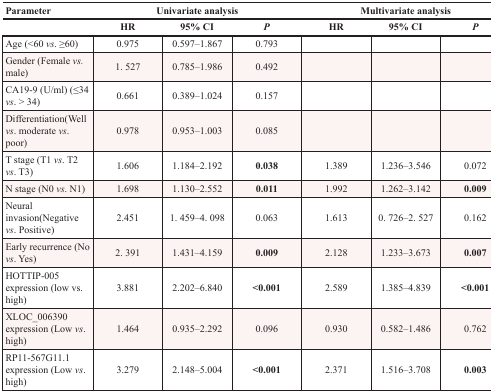
| Parameter | <COLSPAN=3> Univariate analysis | <COLSPAN=3> Multivariate analysis |
 |  | HR | 95% CI | P | HR | 95% CI | P |
 | --- | --- | --- | --- | --- | --- | --- |
 | Age (<60 vs. ≥60) | 0.975 | 0.597–1.867 | 0.793 |  |  |  |
 | Gender (Female vs. male) | 1. 527 | 0.785–1.986 | 0.492 |  |  |  |
 | CA19-9 (U/ml) (≤34 vs. > 34) | 0.661 | 0.389–1.024 | 0.157 |  |  |  |
 | Differentiation(Well vs. moderate vs. poor) | 0.978 | 0.953–1.003 | 0.085 |  |  |  |
 | T stage (T1 vs. T2 vs. T3) | 1.606 | 1.184–2.192 | 0.038 | 1.389 | 1.236–3.546 | 0.072 |
 | N stage (N0 vs. N1) | 1.698 | 1.130–2.552 | 0.011 | 1.992 | 1.262–3.142 | 0.009 |
 | Neural invasion(Negative vs. Positive) | 2.451 | 1. 459–4. 098 | 0.063 | 1.613 | 0. 726–2. 527 | 0.162 |
 | Early recurrence (No vs. Yes) | 2. 391 | 1.431–4.159 | 0.009 | 2.128 | 1.233–3.673 | 0.007 |
 | HOTTIP-005 expression (low vs. high) | 3.881 | 2.202–6.840 | <0.001 | 2.589 | 1.385–4.839 | <0.001 |
 | XLOC_006390 expression (Low vs. high) | 1.464 | 0.935–2.292 | 0.096 | 0.930 | 0.582–1.486 | 0.762 |
 | RP11-567G11.1 expression (Low vs. high) | 3.279 | 2.148–5.004 | <0.001 | 2.371 | 1.516–3.708 | 0.003 |